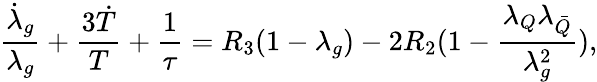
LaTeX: \frac{{\dot{\lambda}}_{g}}{\lambda_{g}}+\frac{{3\dot{T}}}{T}+\frac{1}{\tau}=R_{3}(1-\lambda_{g})-2R_{2}(1-\frac{\lambda_{Q}\lambda_{\bar{Q}}}{\lambda_{g}^{2}}),